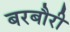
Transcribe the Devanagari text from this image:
बरबौरी